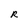
Character: R